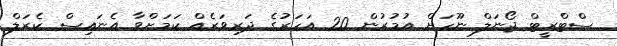
ސްޓްރީޓް ޖޯނަލް ނޫހަށް އުމުރުން 20 އަހަރުގެ ދަރިވަރެއް ކަމަށްވާ އެނައިސް ކެރަލް